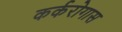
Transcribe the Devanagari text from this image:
कर्करोगास